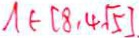
A \in ( 8 , 4 \sqrt { 5 } )